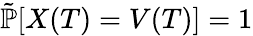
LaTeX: {\tilde{\mathbb{P}}}[X(T)=V(T)]=1